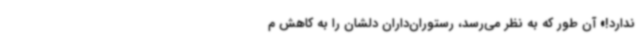
ندارد!» آن طور که به نظر می‌رسد، رستوران‌داران دلشان را به کاهش م